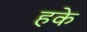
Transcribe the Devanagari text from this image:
हके